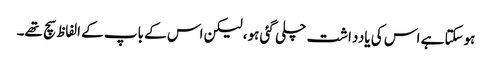
ہوسکتا ہے اس کی یادداشت چلی گئی ہو، لیکن اس کے باپ کے الفاظ سچ تھے۔